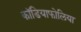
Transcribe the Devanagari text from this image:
कॉडियाफोलिया